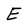
Character: E